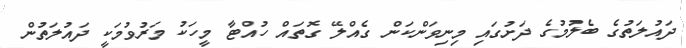
ދައުލަތުގެ ބެލުމުގެ ދަށުގައި މިނިވަންކަން ގެއްލޭ ގޮތައް ހުއްޓާ މީހަކު މަރުވުމަކީ ދައުލަތުން